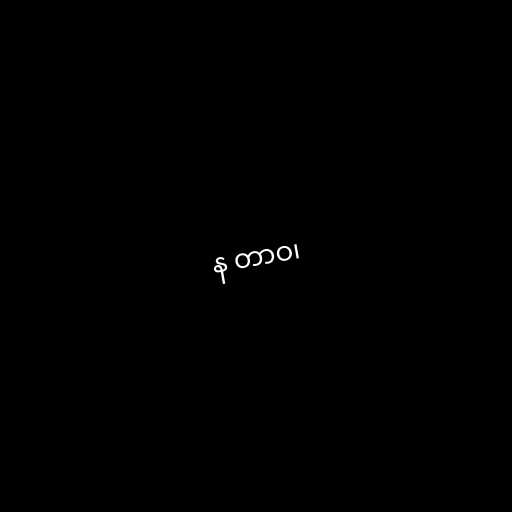
န တာဝ၊